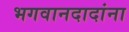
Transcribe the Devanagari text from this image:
भगवानदादांना